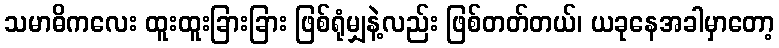
သမာဓိကလေး ထူးထူးခြားခြား ဖြစ်ရုံမျှနဲ့လည်း ဖြစ်တတ်တယ်၊ ယခုနေအခါမှာတော့